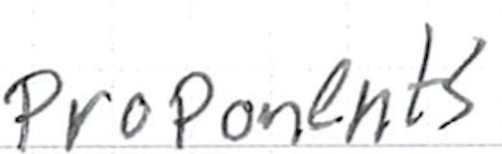
Text: proponents
Cross-out: clean
Writing tool: ballpoint